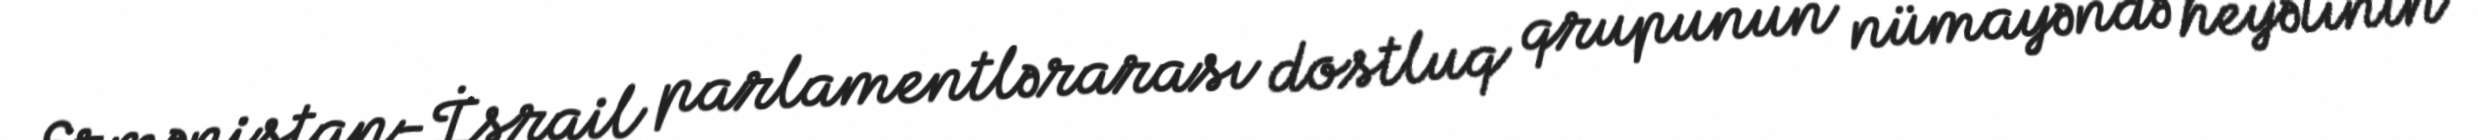
Ermənistan-İsrail parlamentlərarası dostluq qrupunun nümayəndə heyətinin